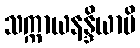
သက္ကာယနန္ဒိယာပိ